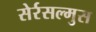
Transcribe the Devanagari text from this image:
सेर्रसल्मुस